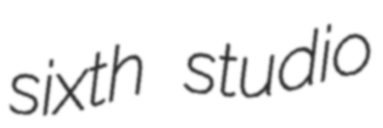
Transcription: sixth studio